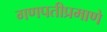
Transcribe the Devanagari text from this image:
गणपतीप्रमाणे